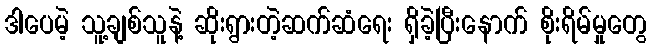
ဒါပေမဲ့ သူ့ချစ်သူနဲ့ ဆိုးရွားတဲ့ဆက်ဆံရေး ရှိခဲ့ပြီးနောက် စိုးရိမ်မှုတွေ